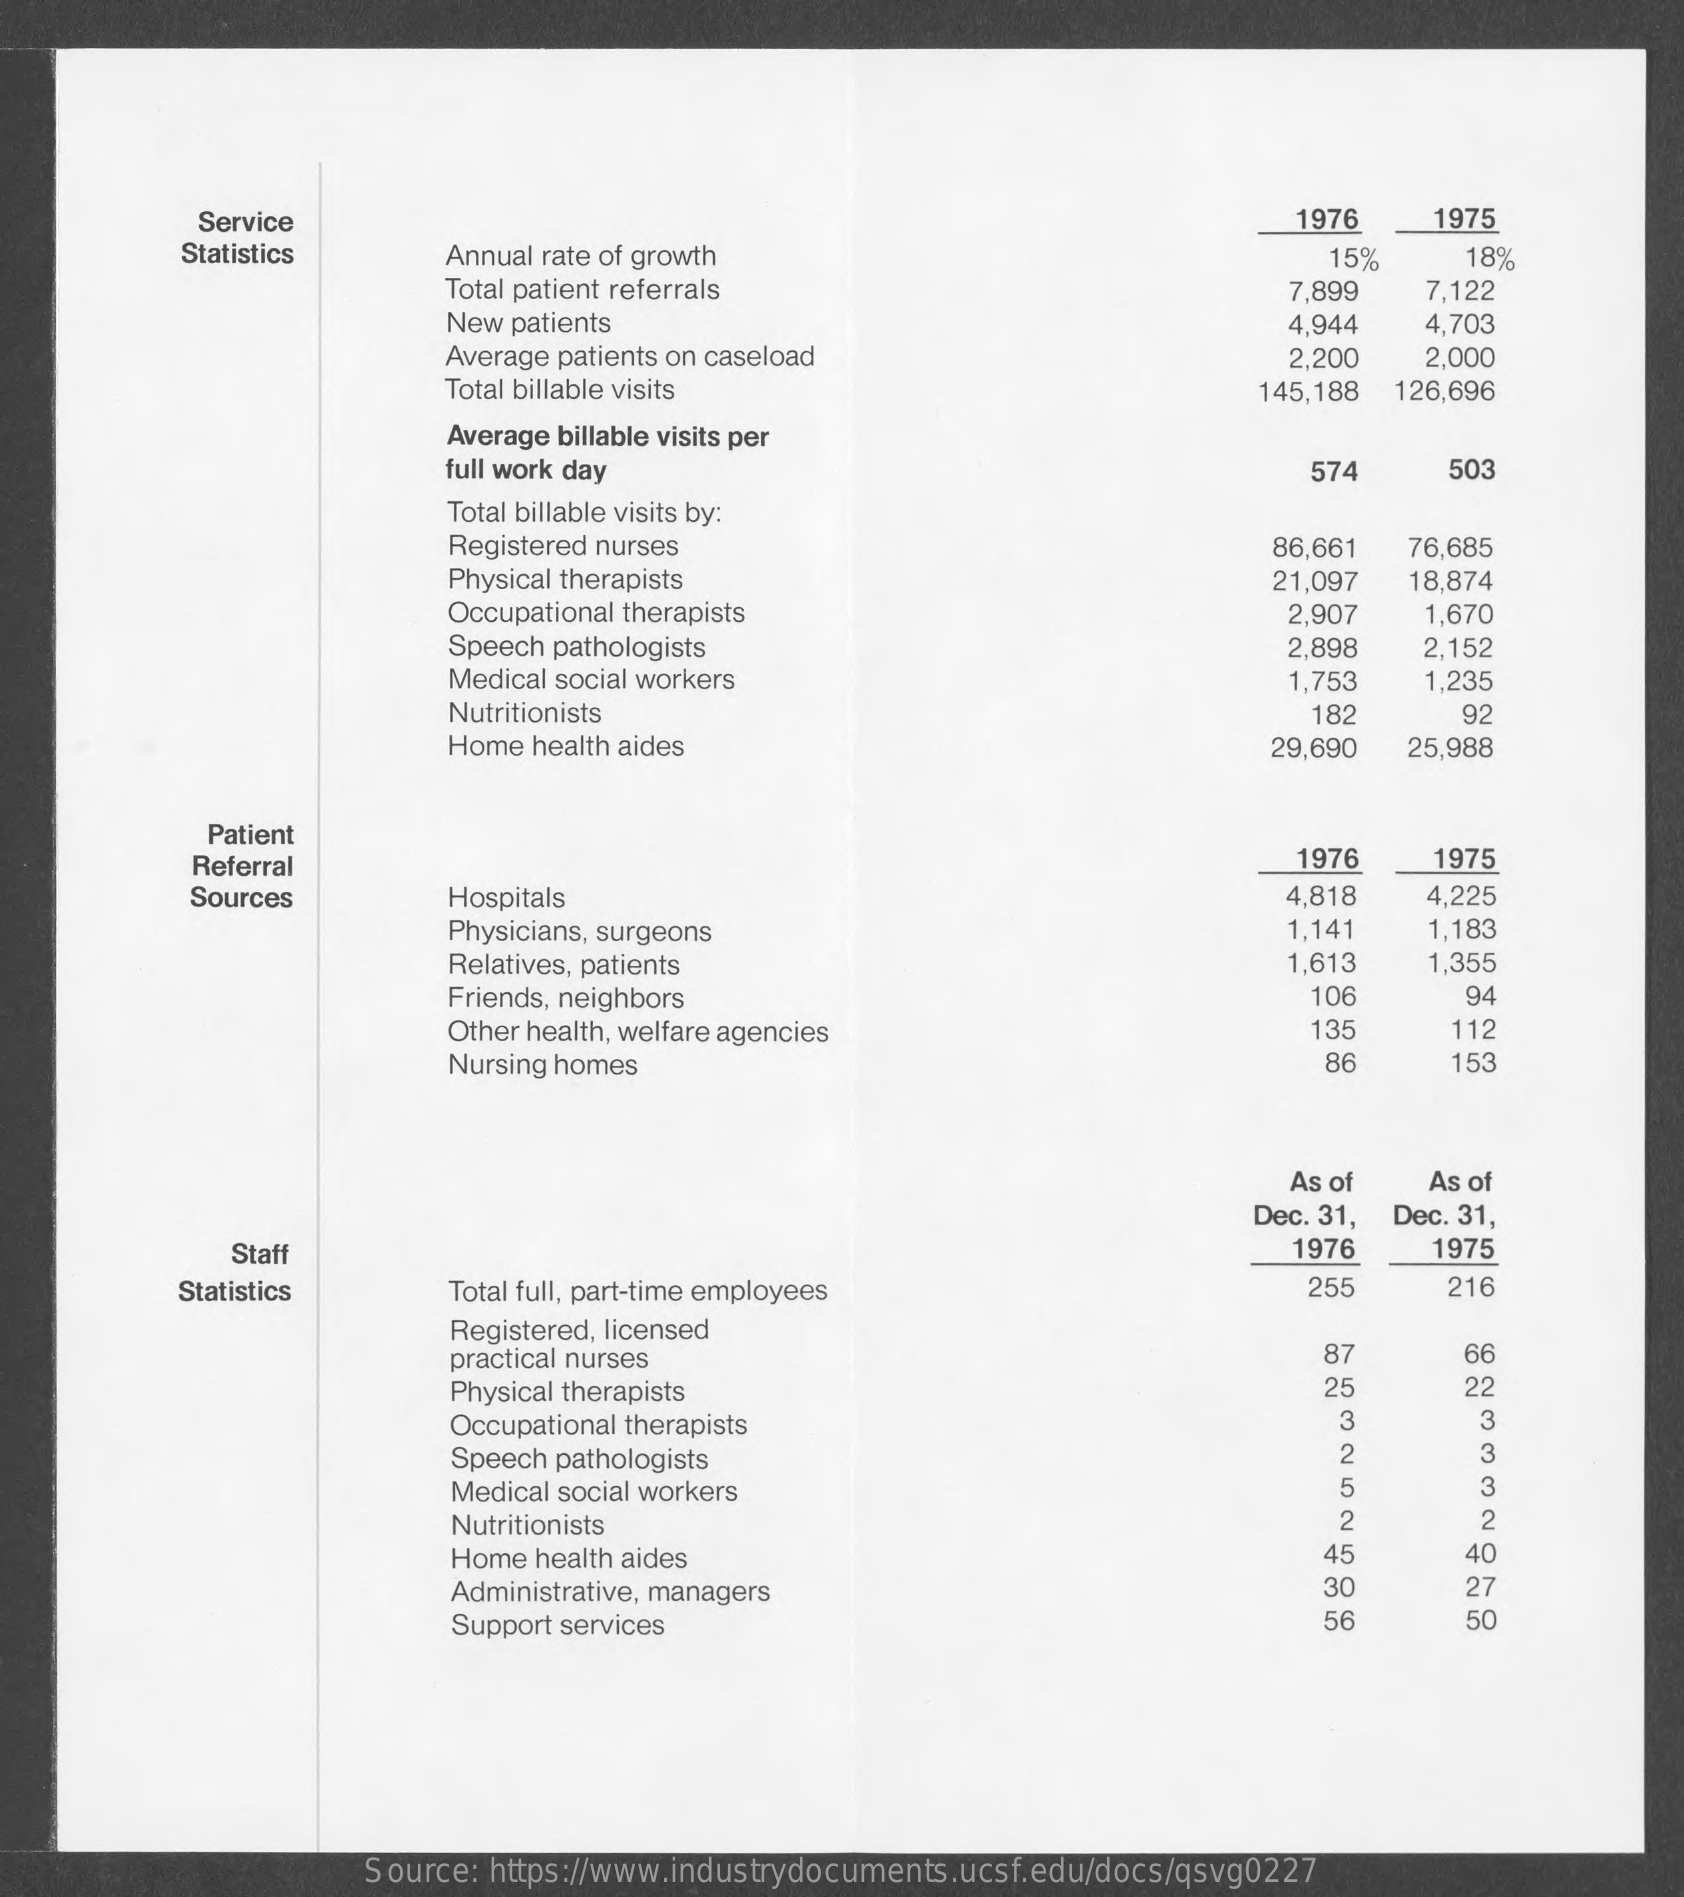
Service    1976    1975
     Statistics    Annual rate of growth    15%    18%
     Total patient referrals    7,899    7,122
     New patients    4.944    4,703
     Average patients on caseload    2.200    2,000
     Total billable visits    145,188  126,696
     Average billable visits per
     full work day    574    503
     Total billable visits by:
     Registered nurses    86,661   76,685
     Physical therapists    21,097   18,874
     Occupational therapists    2,907    1,670
     Speech pathologists    2,898    2,152
     Medical social workers    1,753   1,235
     Nutritionists    182    92
     Home health aides    29,690  25,988
     Patient
     Referral    1976    1975
     Sources    Hospitals    4,818    4,225
     Physicians, surgeons    1,141    1,183
     Relatives, patients    1,613    1,355
     Friends, neighbors    106    94
     Other health, welfare agencies    135    112
     Nursing homes    86    153
     As of    As of
     Dec. 31, Dec. 31,
     Staf    1976    1975
     Statistics    Total full, part-time employees    255    216
     Registered, licensed
     practical nurses    87    66
     Physical therapists    25    22
     Occupational therapists    3    3
     Speech pathologists    2    3
     Medical social workers    5    3
     Nutritionists    2    2
     Home health aides    45    40
     Administrative, managers    30    27
     Support services    56    50
     Source: https://www.industrydocuments.ucsf.edu/docs/qsvg0227